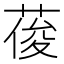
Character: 葰